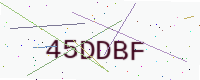
Text: 45DDBF